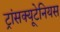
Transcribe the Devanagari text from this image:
ट्रांसक्यूटेनियस